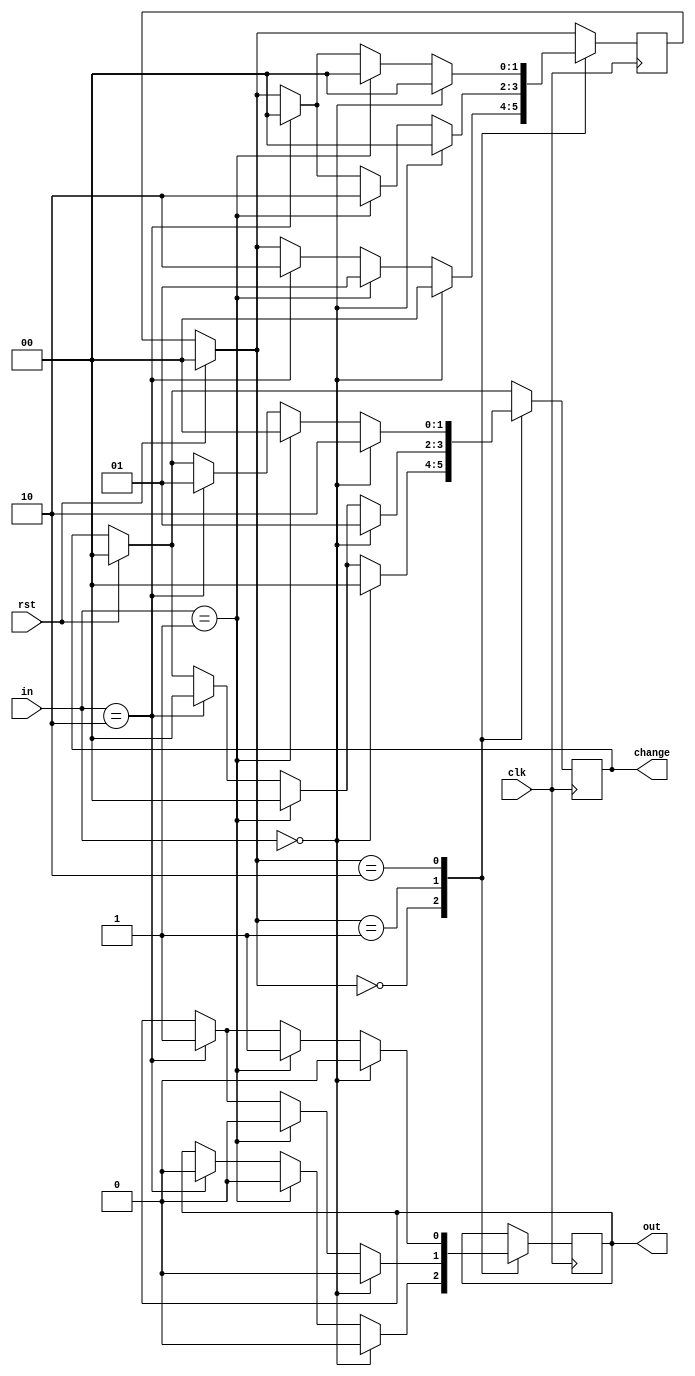
`timescale 1ns / 1ps
module vending_machine(
input clk, input rst, input [1:0]in, // 01 = 5 rs, 10 = 10 rs
output reg out, output reg[1:0] change
);

parameter s0 = 2'b00;
parameter s1 = 2'b01;
parameter s2 = 2'b10;
reg[1:0] c_state,n_state;
always@ (posedge clk)
begin
if(rst == 1)
begin
c_state = 0;
n_state = 0;
change = 2'b00;
end
else
c_state = n_state;
case(c_state)
s0: //state 0 : 0 rs
if(in == 0)
begin
n_state = s0;
out = 0;
change = 2'b00;
end
else if(in == 2'b01)
begin
n_state = s1;
out = 0;
change = 2'b00;
end

else if(in == 2'b10)
begin
n_state = s2;
out = 0;
change = 2'b00;
end
s1: //state 1 : 5 rs
if(in == 0)
begin
n_state = s0;
out = 0;
change = 2'b01; //change returned 5 rs
end
else if(in == 2'b01)
begin
n_state = s2;
out = 0;
change = 2'b00;
end
else if(in == 2'b10)
begin
n_state = s0;
out = 1;
change = 2'b00;
end
s2: //state 2 : 10 rs
if(in == 0)
begin
n_state = s0;
out = 0;
change = 2'b10;
end
else if(in == 2'b01)
begin
n_state = s0;
out = 1;
change = 2'b00;
end
else if(in == 2'b10)
begin
n_state = s0;
out = 1;
change = 2'b01; //change returned 5 rs and 1 bottle
end

endcase
end
endmodule